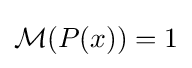
{\mathcal {M}}(P(x))=1